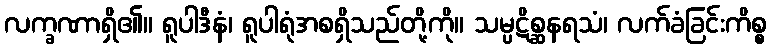
လက္ခဏာရှိ၏။ ရူပါဒီနံ၊ ရူပါရုံအစရှိသည်တို့ကို။ သမ္ပဋိစ္ဆနရသံ၊ လက်ခံခြင်းကိစ္စ